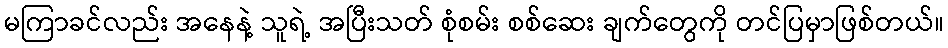
မကြာခင်လည်း အနေနဲ့ သူရဲ့ အပြီးသတ် စုံစမ်း စစ်ဆေး ချက်တွေကို တင်ပြမှာဖြစ်တယ်။